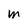
Character: M